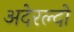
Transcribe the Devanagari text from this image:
अदेरल्दो